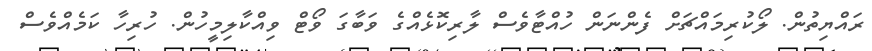
ރައްޔިތުން. ލޯކުރިމައްޗަށް ފެންނަން ހުއްޓާވެސް ލާރިކޮޅެއްގެ ވަބާގަ ވޯޓް ވިއްކާލިމީހުން. ހުރިހާ ކަމެއްވެސް